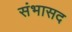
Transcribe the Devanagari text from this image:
संभासद